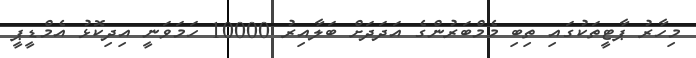
މިހާރު ޕާޓީތަކުގައި ތިބި މެމްބަރުންގެ އަދަދަށް ބަލާއިރު 10000 ހަމަވަނީ އިދިކޮޅު އެމްޑީޕީ